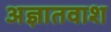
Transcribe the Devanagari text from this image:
अज्ञातवाश